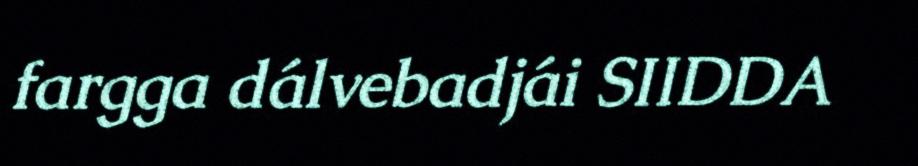
fargga dálvebadjái SIIDDA